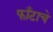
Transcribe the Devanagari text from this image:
फाँटाचे